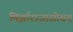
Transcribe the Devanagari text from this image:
मिर्झाराजासोबत